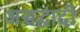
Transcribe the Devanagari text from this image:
असद्वादी